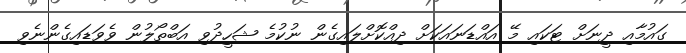
ގައުމާއި ދީނަށް ޓަކައި މޭ އައްޑަނައަކަށް ދިއްކޮށްލައިގެން ނުކުމެ ޝަހީދުވި އަބްތޯލުން ވެވަޑައިގެންނެވި